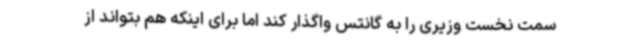
سمت نخست وزیری را به گانتس واگذار کند اما برای اینکه هم بتواند از